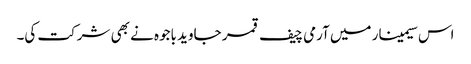
اس سیمینار میں آرمی چیف قمر جاوید باجوہ نے بھی شرکت کی۔